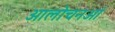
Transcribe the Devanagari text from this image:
आलोचनओं